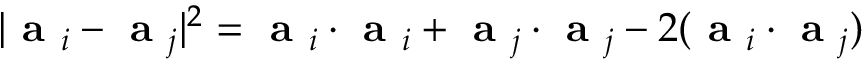
| \textbf { a } _ { i } - \textbf { a } _ { j } | ^ { 2 } = \textbf { a } _ { i } \cdot \textbf { a } _ { i } + \textbf { a } _ { j } \cdot \textbf { a } _ { j } - 2 ( \textbf { a } _ { i } \cdot \textbf { a } _ { j } )